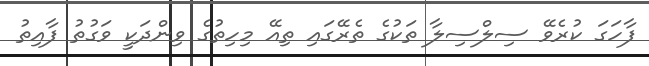
ފާހަގަ ކުރެވޭ ސިލްސިލާ ތަކުގެ ތެރޭގައި ތިއޭ މިހިތުގެ ވިންދަކީ ވަގުތު ފާއިތު